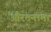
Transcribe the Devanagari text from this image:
औरतनामा